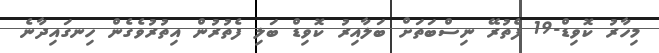
މިހާރު ކޮވިޑް-19 ފެތުރޭ ނިސްބަތަށް ބަލާއިރު ކޮވިޑް ބަލި ފެތުރުން އިތުރުވެގެން ހިނގައިދާނެ